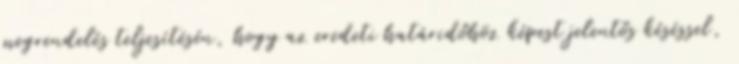
megrendelés teljesítésén, hogy az eredeti határidőhöz képest jelentős késéssel,